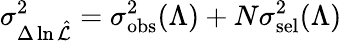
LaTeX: \sigma_{\Delta\ln\hat{\cal L}}^{2}=\sigma_{\mathrm{obs}}^{2}(\Lambda)+N\sigma_{\mathrm{sel}}^{2}(\Lambda)